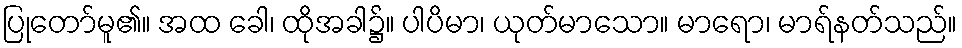
ပြုတော်မူ၏။ အထ ခေါ၊ ထိုအခါ၌။ ပါပိမာ၊ ယုတ်မာသော။ မာရော၊ မာရ်နတ်သည်။